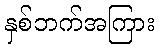
နှစ်ဘက်အကြား